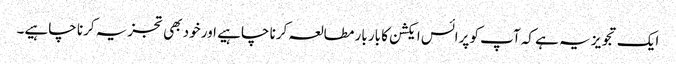
ایک تجویز یہ ہے کہ آپ کو پرائس ایکشن کا بار بار مطالعہ کرنا چاہیے اور خود بھی تجزیہ کرنا چاہیے۔